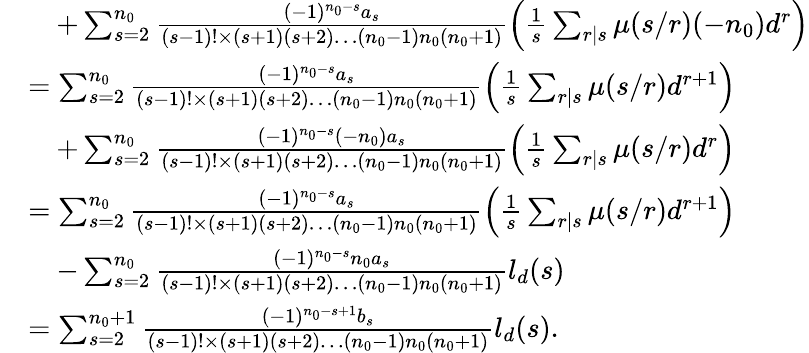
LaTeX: \begin{array}{rl}&{\quad+\sum_{s=2}^{n_{0}}\frac{(-1)^{n_{0}-s}a_{s}}{(s-1)!\times(s+1)(s+2)\dots(n_{0}-1)n_{0}(n_{0}+1)}\left(\frac{1}{s}\sum_{r|s}\mu(s/r)(-n_{0})d^{r}\right)}\\ &{=\sum_{s=2}^{n_{0}}\frac{(-1)^{n_{0}-s}a_{s}}{(s-1)!\times(s+1)(s+2)\dots(n_{0}-1)n_{0}(n_{0}+1)}\left(\frac{1}{s}\sum_{r|s}\mu(s/r)d^{r+1}\right)}\\ &{\quad+\sum_{s=2}^{n_{0}}\frac{(-1)^{n_{0}-s}(-n_{0})a_{s}}{(s-1)!\times(s+1)(s+2)\dots(n_{0}-1)n_{0}(n_{0}+1)}\left(\frac{1}{s}\sum_{r|s}\mu(s/r)d^{r}\right)}\\ &{=\sum_{s=2}^{n_{0}}\frac{(-1)^{n_{0}-s}a_{s}}{(s-1)!\times(s+1)(s+2)\dots(n_{0}-1)n_{0}(n_{0}+1)}\left(\frac{1}{s}\sum_{r|s}\mu(s/r)d^{r+1}\right)}\\ &{\quad-\sum_{s=2}^{n_{0}}\frac{(-1)^{n_{0}-s}n_{0}a_{s}}{(s-1)!\times(s+1)(s+2)\dots(n_{0}-1)n_{0}(n_{0}+1)}l_{d}(s)}\\ &{=\sum_{s=2}^{n_{0}+1}\frac{(-1)^{n_{0}-s+1}b_{s}}{(s-1)!\times(s+1)(s+2)\dots(n_{0}-1)n_{0}(n_{0}+1)}l_{d}(s).}\end{array}